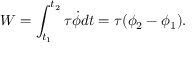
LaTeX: W = \int _ { t _ { 1 } } ^ { t _ { 2 } } \tau { \dot { \phi } } d t = \tau ( \phi _ { 2 } - \phi _ { 1 } ) .